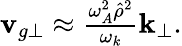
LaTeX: \begin{array}{r}{\mathbf{v}_{g\perp}\approx\frac{\omega_{A}^{2}\hat{\rho}^{2}}{\omega_{k}}\mathbf{k}_{\perp}.}\end{array}